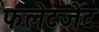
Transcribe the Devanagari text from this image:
फलेटजेट